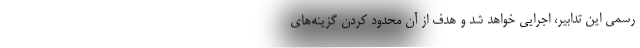
رسمی این تدابیر، اجرایی خواهد شد و هدف از آن محدود کردن گزینه‌های